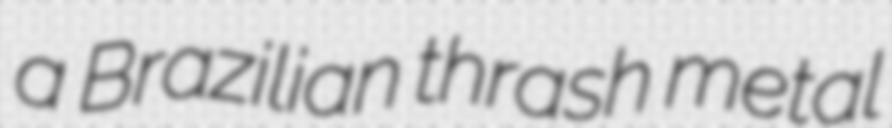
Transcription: a Brazilian thrash metal